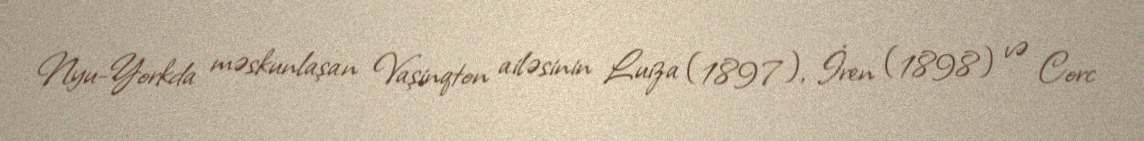
Nyu-Yorkda məskunlaşan Vaşinqton ailəsinin Luiza (1897), İren (1898) və Corc